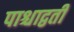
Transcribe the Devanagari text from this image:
पाश्चाद्वर्ती